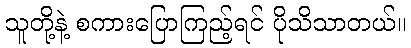
သူတို့နဲ့ စကားပြောကြည့်ရင် ပိုသိသာတယ်။